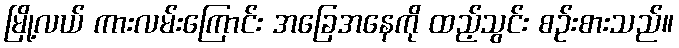
မြို့လယ် ကားလမ်းကြောင်း အခြေအနေကို ထည့်သွင်း စဉ်းစားသည်။